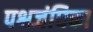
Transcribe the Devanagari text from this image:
पश्वजंघिका